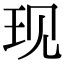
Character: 现